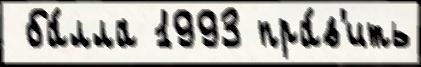
 ба́лла 1993 пра́в'ить